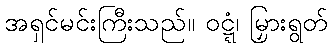
အရှင်မင်းကြီးသည်။ ဝဋ္ဋံ၊ မြှားရွတ်